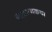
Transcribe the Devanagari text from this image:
पिशाच्चकथा